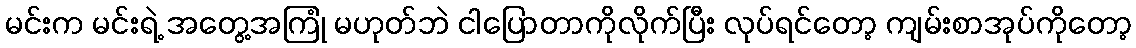
မင်းက မင်းရဲ့ အတွေ့အကြုံ မဟုတ်ဘဲ ငါပြောတာကိုလိုက်ပြီး လုပ်ရင်တော့ ကျမ်းစာအုပ်ကိုတော့